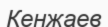
Кенжаев